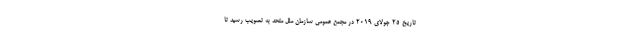
تاریخ ۲۵ جولای ۲۰۱۹ در مجمع عمومی سازمان ملل متحد به تصویب رسید تا